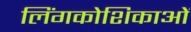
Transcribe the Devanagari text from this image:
लिंगकोशिकाओं